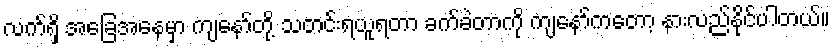
လက်ရှိ အခြေအနေမှာ ကျနော်တို့ သတင်းရယူရတာ ခက်ခဲတာကို ကျနော်ကတော့ နားလည်နိုင်ပါတယ်။